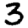
Digit: 3